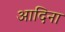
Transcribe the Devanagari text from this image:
आदिना